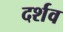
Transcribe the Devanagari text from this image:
दर्शव